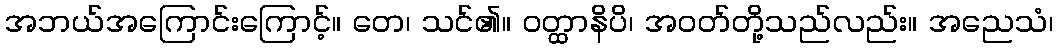
အဘယ်အကြောင်းကြောင့်။ တေ၊ သင်၏။ ဝတ္ထာနိပိ၊ အဝတ်တို့သည်လည်း။ အညေသံ၊